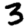
Digit: 3